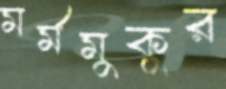
মর্মমুকুর